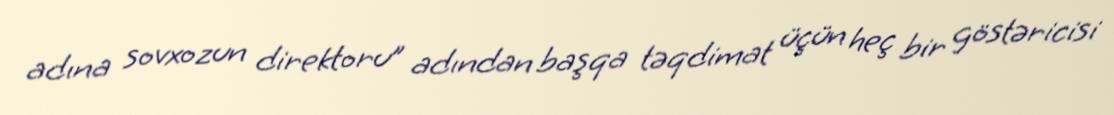
adına sovxozun direktoru” adından başqa təqdimat üçün heç bir göstəricisi